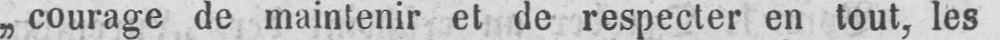
„courage de maintenir et de respecter en tout, les